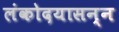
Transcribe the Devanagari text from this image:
लंकोदयासन्न